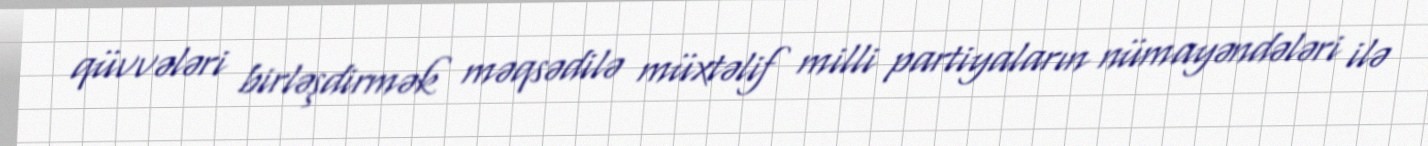
qüvvələri birləşdirmək məqsədilə müxtəlif milli partiyaların nümayəndələri ilə